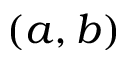
( a , b )